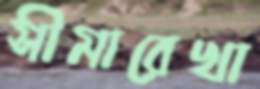
সীমারেখা